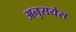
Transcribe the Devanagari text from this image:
अनुसयेस